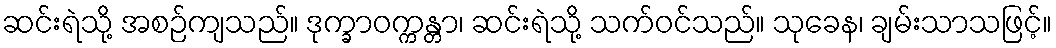
ဆင်းရဲသို့ အစဉ်ကျသည်။ ဒုက္ခာဝက္ကန္တာ၊ ဆင်းရဲသို့ သက်ဝင်သည်။ သုခေန၊ ချမ်းသာသဖြင့်။